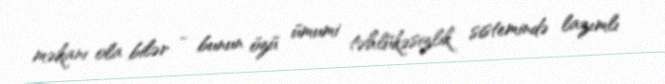
məkanı ola bilər - bunun özü ümumi təhlükəsizlik sistemində lazımlı